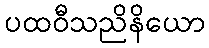
ပထဝီသညိနိယော